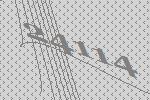
24114